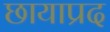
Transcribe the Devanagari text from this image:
छायाप्रद